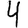
Digit: 4